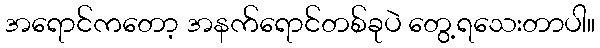
အရောင်ကတော့ အနက်ရောင်တစ်ခုပဲ တွေ့ရသေးတာပါ။